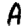
Digit: 4